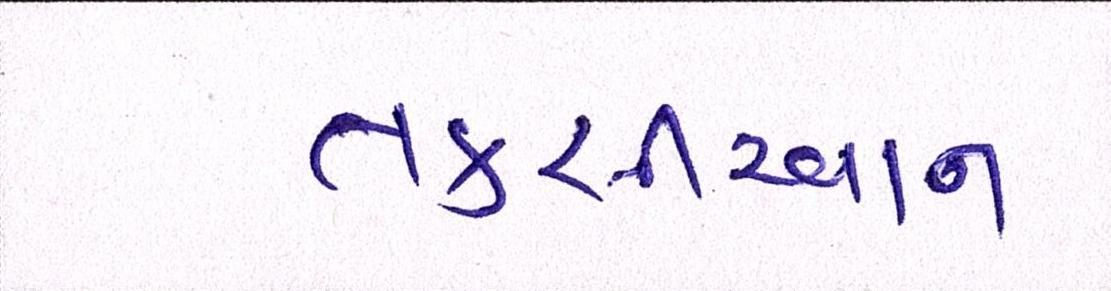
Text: તકસીરવાન